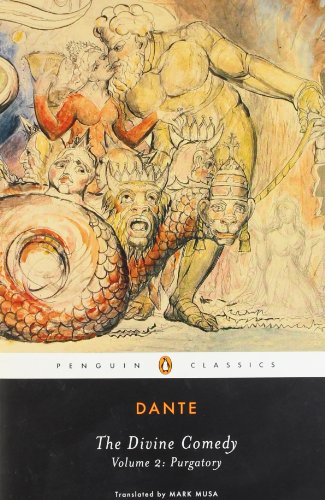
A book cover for The Divine Comedy, Vol. II: Purgatory; Dante Alighieri; Literature & Fiction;